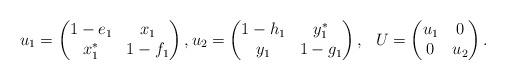
LaTeX: \begin{align*} u_1= \begin{pmatrix} 1-e_1 & x_1 \\ x_1^* & 1-f_1 \end{pmatrix},u_2 = \begin{pmatrix} 1-h_1 & y_1^* \\ y_1 & 1-g_1 \end{pmatrix} , \, \, \,\, U= \begin{pmatrix} u_1 & 0 \\ 0 & u_2 \end{pmatrix}. \end{align*}